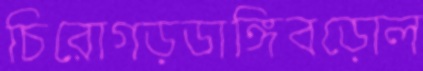
চিরোগড়ডাঙ্গিবড়োল